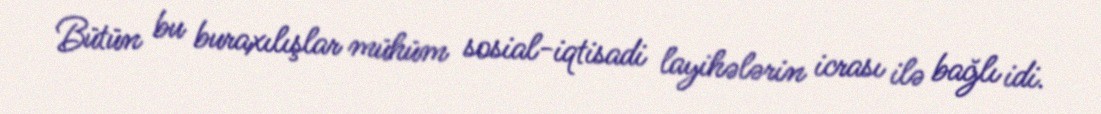
Bütün bu buraxılışlar mühüm sosial-iqtisadi layihələrin icrası ilə bağlı idi.